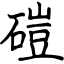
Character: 磑